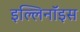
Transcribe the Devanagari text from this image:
इल्लिनॉइस